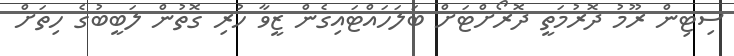
ސިޓިން ރޫމު ދޮރުމަތީ ދޮރޯށްޓަށް ބަލަހައްޓައިގެން ޒީވާ ހުރި ގޮތުން ލަބީބުގެ ހިތަށް